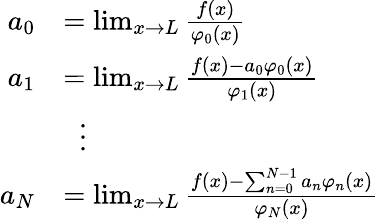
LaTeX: {\begin{array}{rl}{a_{0}}&{=\operatorname*{lim}_{x\to L}{\frac{f(x)}{\varphi_{0}(x)}}}\\ {a_{1}}&{=\operatorname*{lim}_{x\to L}{\frac{f(x)-a_{0}\varphi_{0}(x)}{\varphi_{1}(x)}}}\\ &{\; \; \vdots}\\ {a_{N}}&{=\operatorname*{lim}_{x\to L}{\frac{f(x)-\sum_{n=0}^{N-1}a_{n}\varphi_{n}(x)}{\varphi_{N}(x)}}}\end{array}}